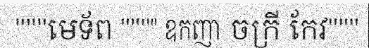
"""មេទ័ព """" ឧកញា ចក្រី កែវ"""